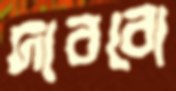
দাববো